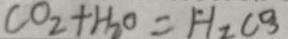
C O _ { 2 } + H _ { 2 } O = H _ { 2 } C O _ { 3 }